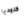
كلوديا